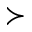
\succ